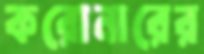
করোনারের